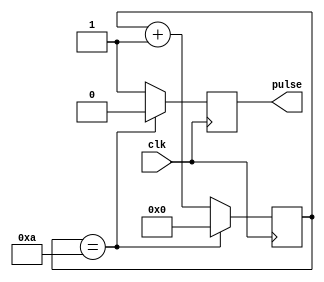
module simple_pulse_generator(
    input wire clk,
    output reg pulse
);

reg [7:0] count = 8'd0;
parameter PULSE_WIDTH = 8'd10;
reg pulse_output_reg;

always @(posedge clk) begin
    if (count == PULSE_WIDTH) begin
        pulse_output_reg <= 1'b0;
        count <= 8'd0;
    end else begin
        pulse_output_reg <= 1'b1;
        count <= count + 1;
    end
end

assign pulse = pulse_output_reg;

endmodule